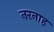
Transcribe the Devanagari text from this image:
नरनाह